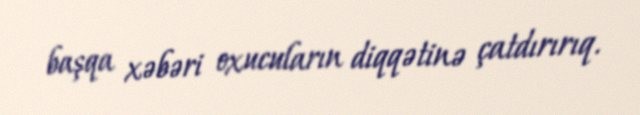
başqa xəbəri oxucuların diqqətinə çatdırırıq.